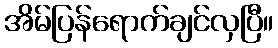
အိမ်ပြန်ရောက်ချင်လှပြီ။